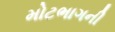
મોટભાગની